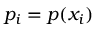
p _ { i } = p ( x _ { i } )